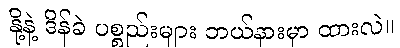
နို့နဲ့ ဒိန်ခဲ ပစ္စည်းများ ဘယ်နားမှာ ထားလဲ။